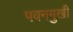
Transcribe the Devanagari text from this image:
पवनमुखी